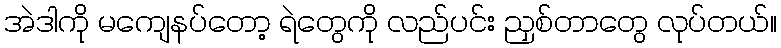
အဲဒါကို မကျေနပ်တော့ ရဲတွေကို လည်ပင်း ညှစ်တာတွေ လုပ်တယ်။